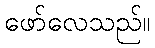
ဖော်လေသည်။